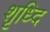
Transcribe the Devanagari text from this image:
शृध्दि